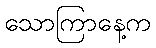
သောကြာနေ့က